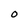
Character: 0